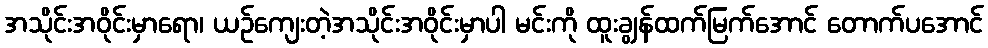
အသိုင်းအဝိုင်းမှာရော၊ ယဉ်ကျေးတဲ့အသိုင်းအဝိုင်းမှာပါ မင်းကို ထူးချွန်ထက်မြက်အောင် တောက်ပအောင်